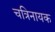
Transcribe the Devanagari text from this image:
चत्रिनायक